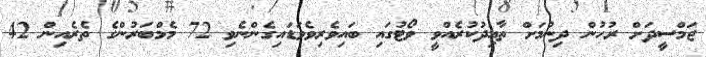
ޖަމްސީދަށް ރުހުން ދިނުމަށް ތާއިދުކުރެއްވީ ވޯޓުގައި ބައިވެރިވެވަޑައިގެންނެވި 72 މެމްބަރުންގެ ތެރެއިން 42